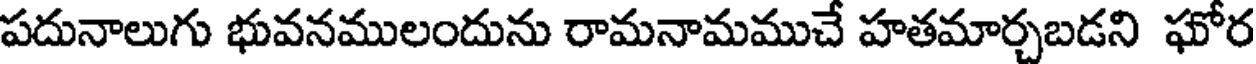
పదునాలుగు భువనములందును రామనామముచే హతమార్చబడని ఘోర